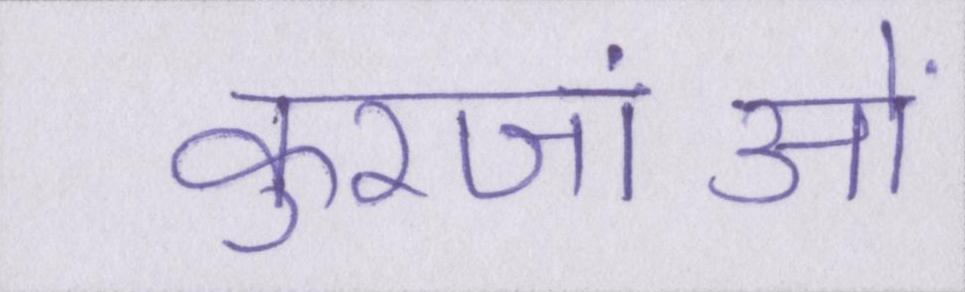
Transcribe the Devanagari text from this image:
कुरजांओं